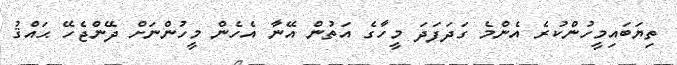
ތިޔަބައިމީހުންކުރެ އެންމެ ގަދަފަދަ މީހާގެ އަތުން އޭނާ އެހެން މީހުންނަށް ދޭންޖެހޭ ޙައްޤު